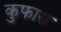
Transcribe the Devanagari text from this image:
कुफारा